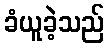
ခံယူခဲ့သည်